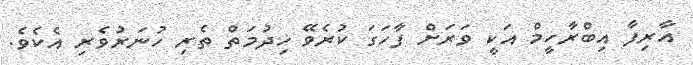
އާރިފާ އިބްރާހީމް އަކީ ވަރަށް ފާހަގަ ކުރެވޭ ޚިދުމަތް ތެރި ހުނަރުވެރި އެކެވެ.